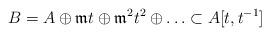
LaTeX: \begin{align*}B = A \oplus \mathfrak{m} t \oplus \mathfrak{m}^2 t^2 \oplus \hdots \subset A[t,t^{-1}] \end{align*}